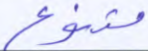
متنوع